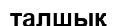
талшық